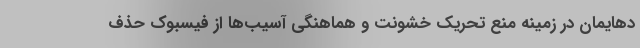
دهایمان در زمینه منع تحریک خشونت و هماهنگی آسیب‌ها از فیسبوک حذف